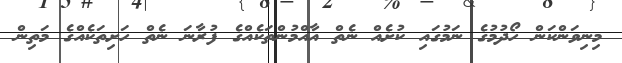
މިނިވަންކަން ހޯދުމުގެ ނަމުގައި ކުށެއް ނެތް އާއްމުންތަކެއްގެ ފުރާނަ ނެތް ހަށިތަކެއްގެ މަތިން